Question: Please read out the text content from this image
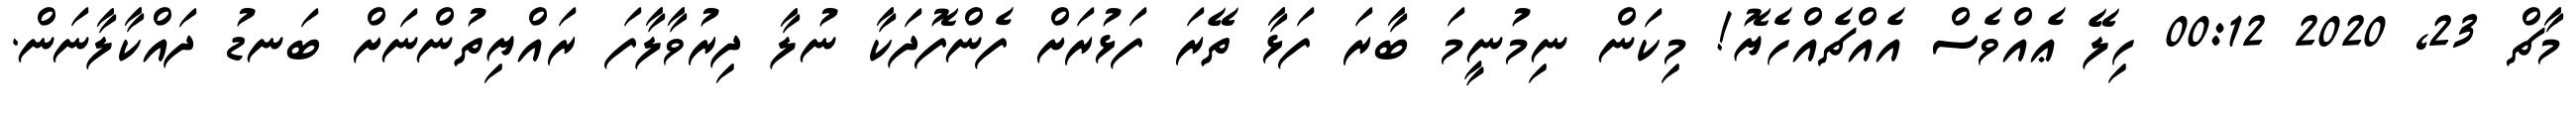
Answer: މާޗް 23, 2020 00:12 ހިލޭ ޢެއްވެސް އެއްޗެއްހެޔޮ! މިކަން ނިމުނީމަ ބާރަ ފަޅާ ތޭރަ ފަޅުރަށް ފެންފޮދަކާ ނުލާ ދިރުވާލާފަ ރައްޔިތުންނަށް ބަނޑު ދައްކާލާނަން.